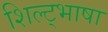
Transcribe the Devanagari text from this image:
शिल्ट्भाषा